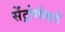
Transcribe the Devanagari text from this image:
सेंट्रोमीयरों